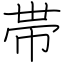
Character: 帯